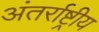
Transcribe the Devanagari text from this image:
अंतर्राष्ट्रीय